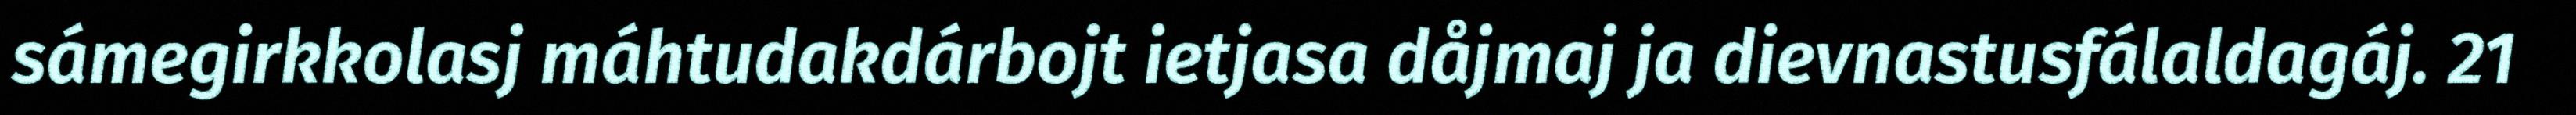
sámegirkkolasj máhtudakdárbojt ietjasa dåjmaj ja dievnastusfálaldagáj. 21